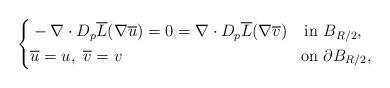
LaTeX: \begin{align*}\left\{ \begin{aligned}& -\nabla \cdot D_p\overline{L} ( \nabla \overline{u} ) = 0 = \nabla \cdot D_p\overline{L} ( \nabla \overline{v} )& \mbox{in} & \ B_{R/2}, \\& \overline{u} = u, \ \overline{v} = v & \mbox{on} & \ \partial B_{R/2},\end{aligned} \right.\end{align*}